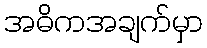
အဓိကအချက်မှာ